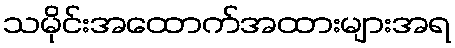
သမိုင်းအထောက်အထားများအရ